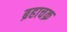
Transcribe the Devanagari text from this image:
ब्रहाचक्र